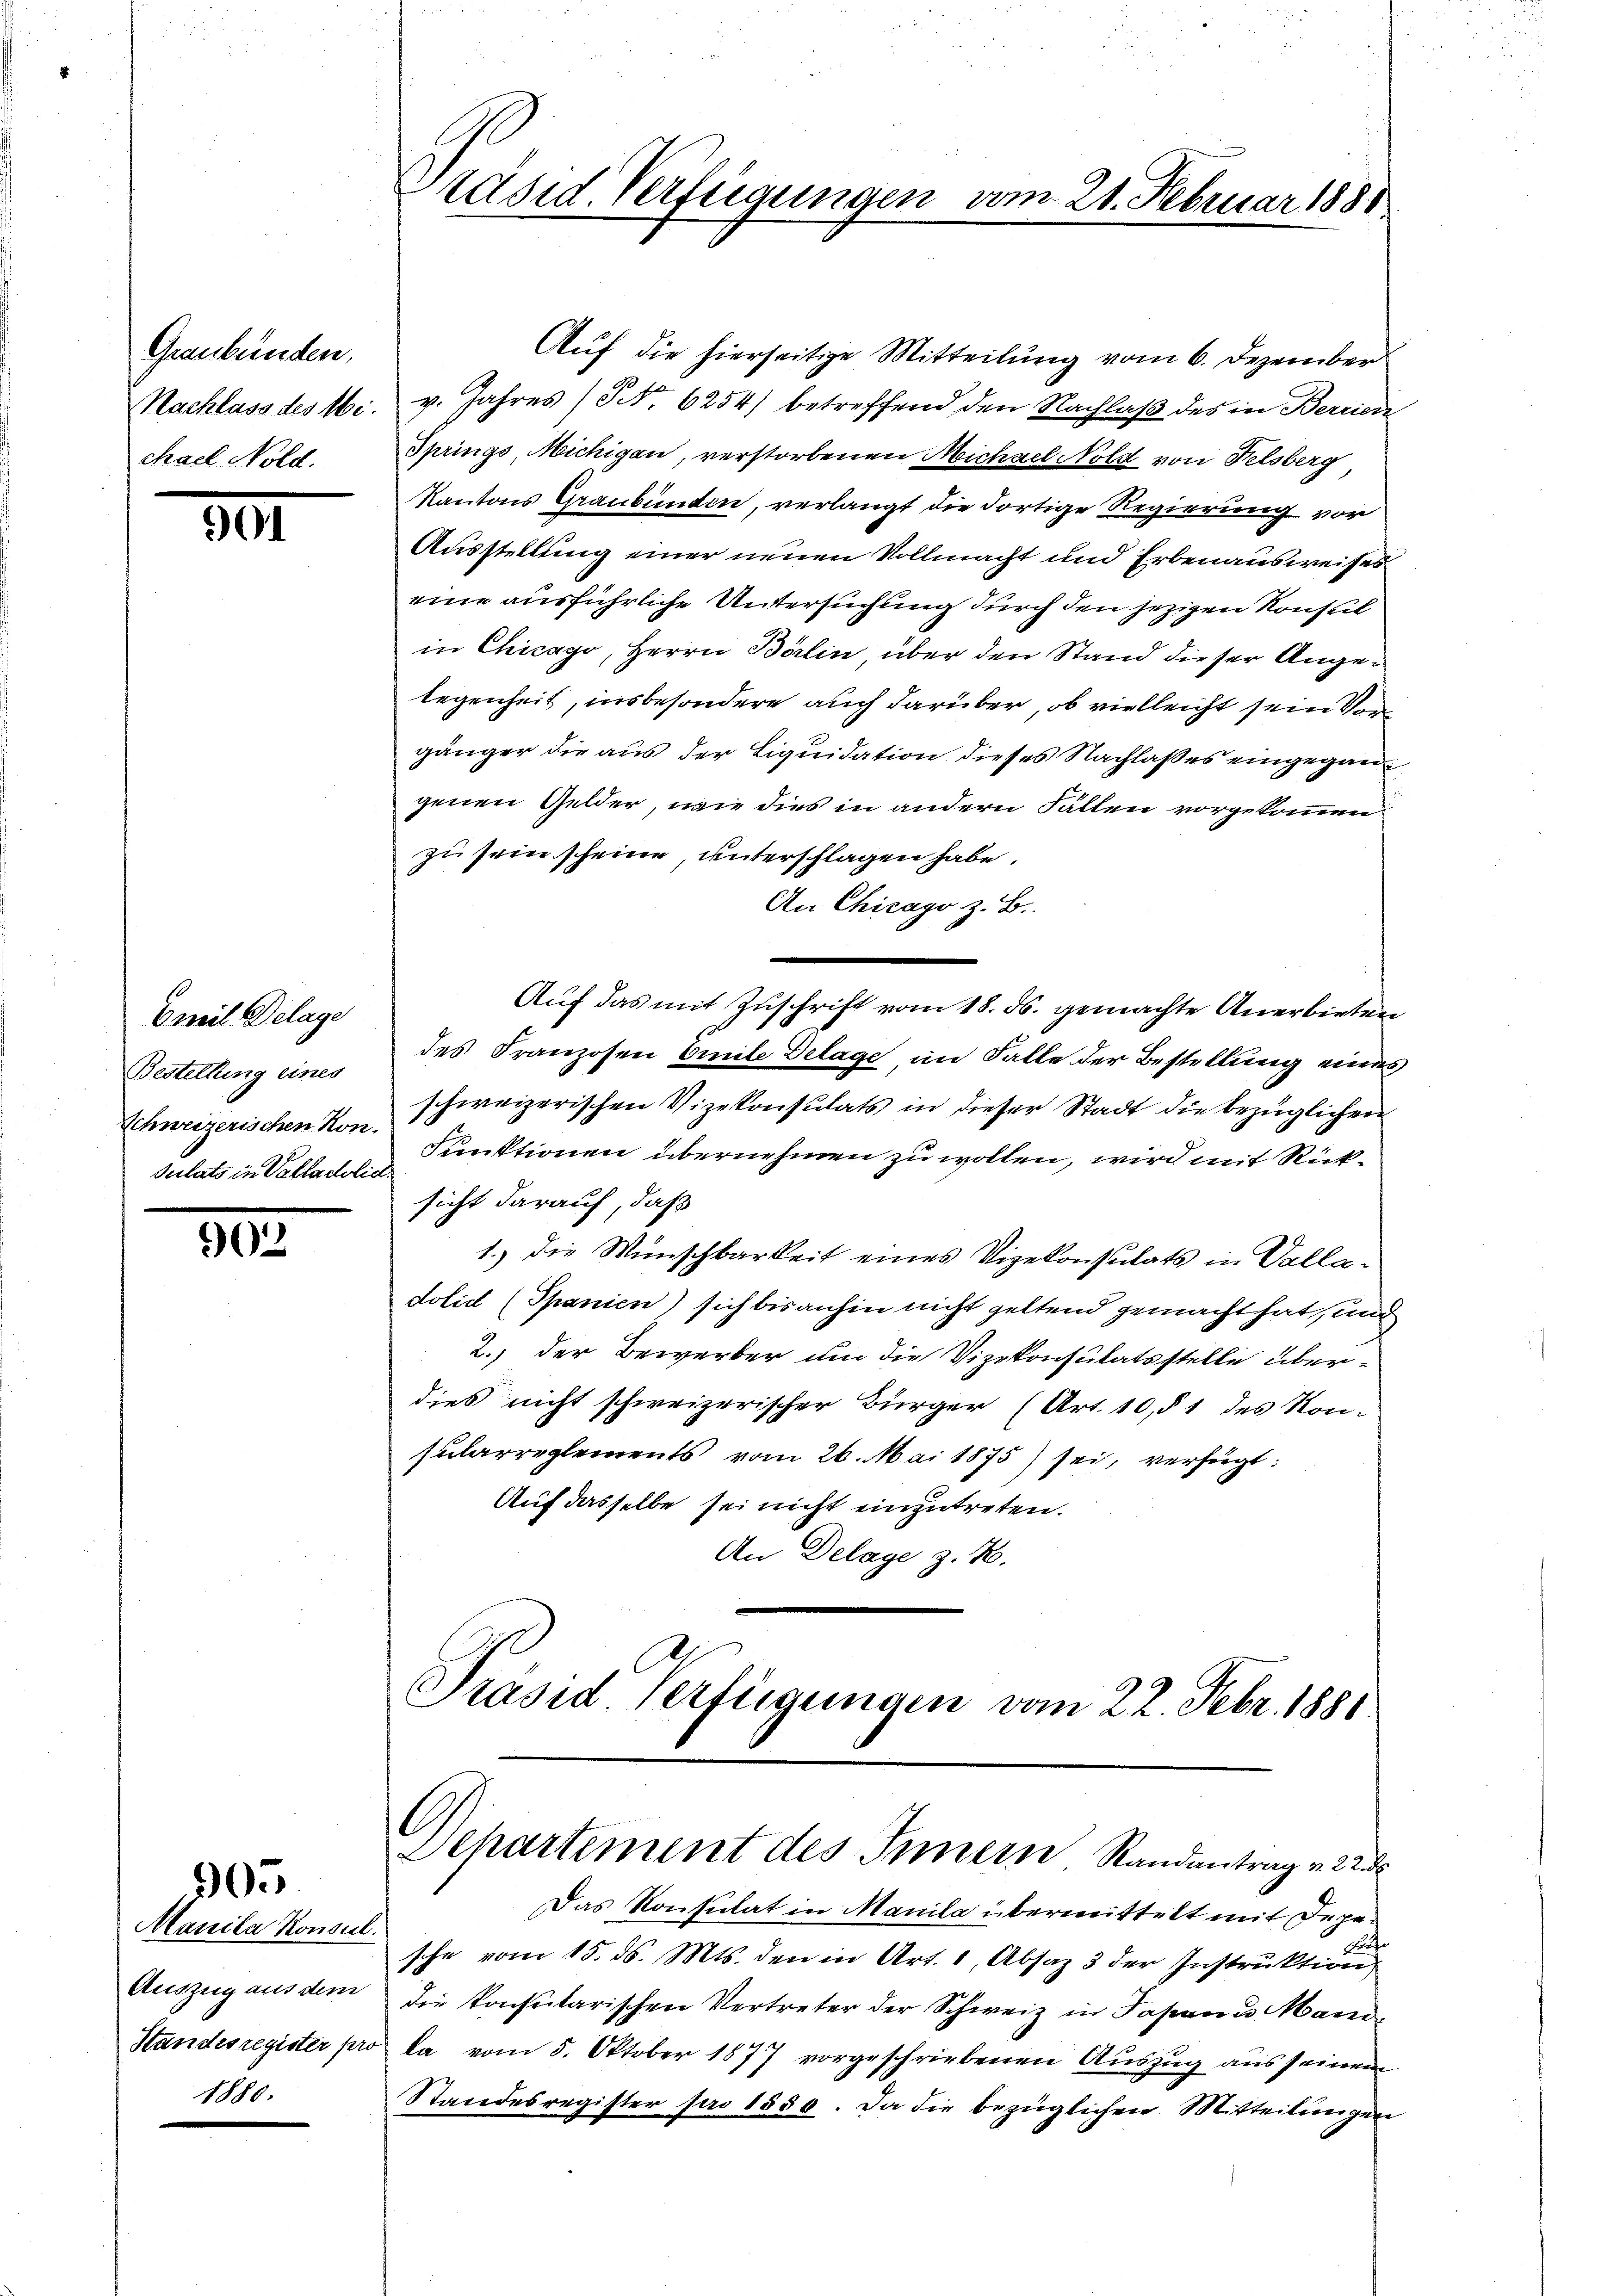
Graubünden,
Nachlass des Michael Nold.

301

Emil Delage
Bestellung eines
Schweizerischen Kon.
Sulats in Valladolie

902

905

Manila Konsul.
Auszug aus dem

Präsid. Verfügungen vom 21. Februar 1888

Departement des Innern Randantrag v. 22 d
Das Konsulat in Manila übermittelt mit Depe¬

Aŭf die hierseitige Mitteilung vom 6. Dezember
v. Jahres (S. 6254) betreffend den Nachlaß des in Berrien
Springs, Michigan, verstorbenen Michael Nold von Felsberg,
Kantons Graubünden, verlangt die dortige Regierung vor
Ausstellung einer neuen Vollmacht und Erbenausweises
eine ausführliche Untersuchung durch den jezigen Konsul
in Chicago, Herrn Berlin, über den Stand dieser Angelegenheit, insbesondere auch darüber, ob vielleicht sein Vorgänger die aus der Liquidation dieses Nachlaßes eingegangenen Gelder, wie dies in andern Fällen vorgekommen
zu sein scheine, unterschlagen habe.
An Chicago z. B.
Auf das mit Zuschrift vom 18. ds. gemachte Anerbieten
des Franzosen Emile Delage im Falle der Bestellung eines
schweizerischen Vizekonsulats in dieser Stadt die bezüglichen
Funktionen übernehmen zu wollen, wird mit Rück¬
¬
sicht darauf, daß
1.) Die Wünschbarkeit eines Vigekonsulats in Volladolid (Spanien) sich bisanhin nicht geltend gemacht hat, und
2.) der Bewerber um die Vizekonsulatsstelle über-
dies nicht schweizerischer Bürger (Art. 10, § 1 des Kon-
Jularreglements vom 26. Mai 1875) sei, verfügt:
Auf dasselbe sei nicht einzutreten.
An Delage z. B.
Präsid Verfügungen vom 22. Febr. 1881

24
sche vom 15. ds. Mts. den in Art. 1, Absaz 3 der Instruktion
die konsularischen Vertreter der Schweiz in Japan u Mani¬
Standesregister pro da vom 5. Oktober 1877 vorgeschriebenen Auszug aus seinem
Standesregister pro 1550. Da die bezüglichen Mitteilungen